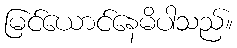
မြင်ယောင်နေမိပါသည်။